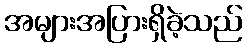
အများအပြားရှိခဲ့သည်